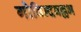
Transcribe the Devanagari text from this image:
गोविन्दवल्लभ